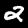
Label: 2